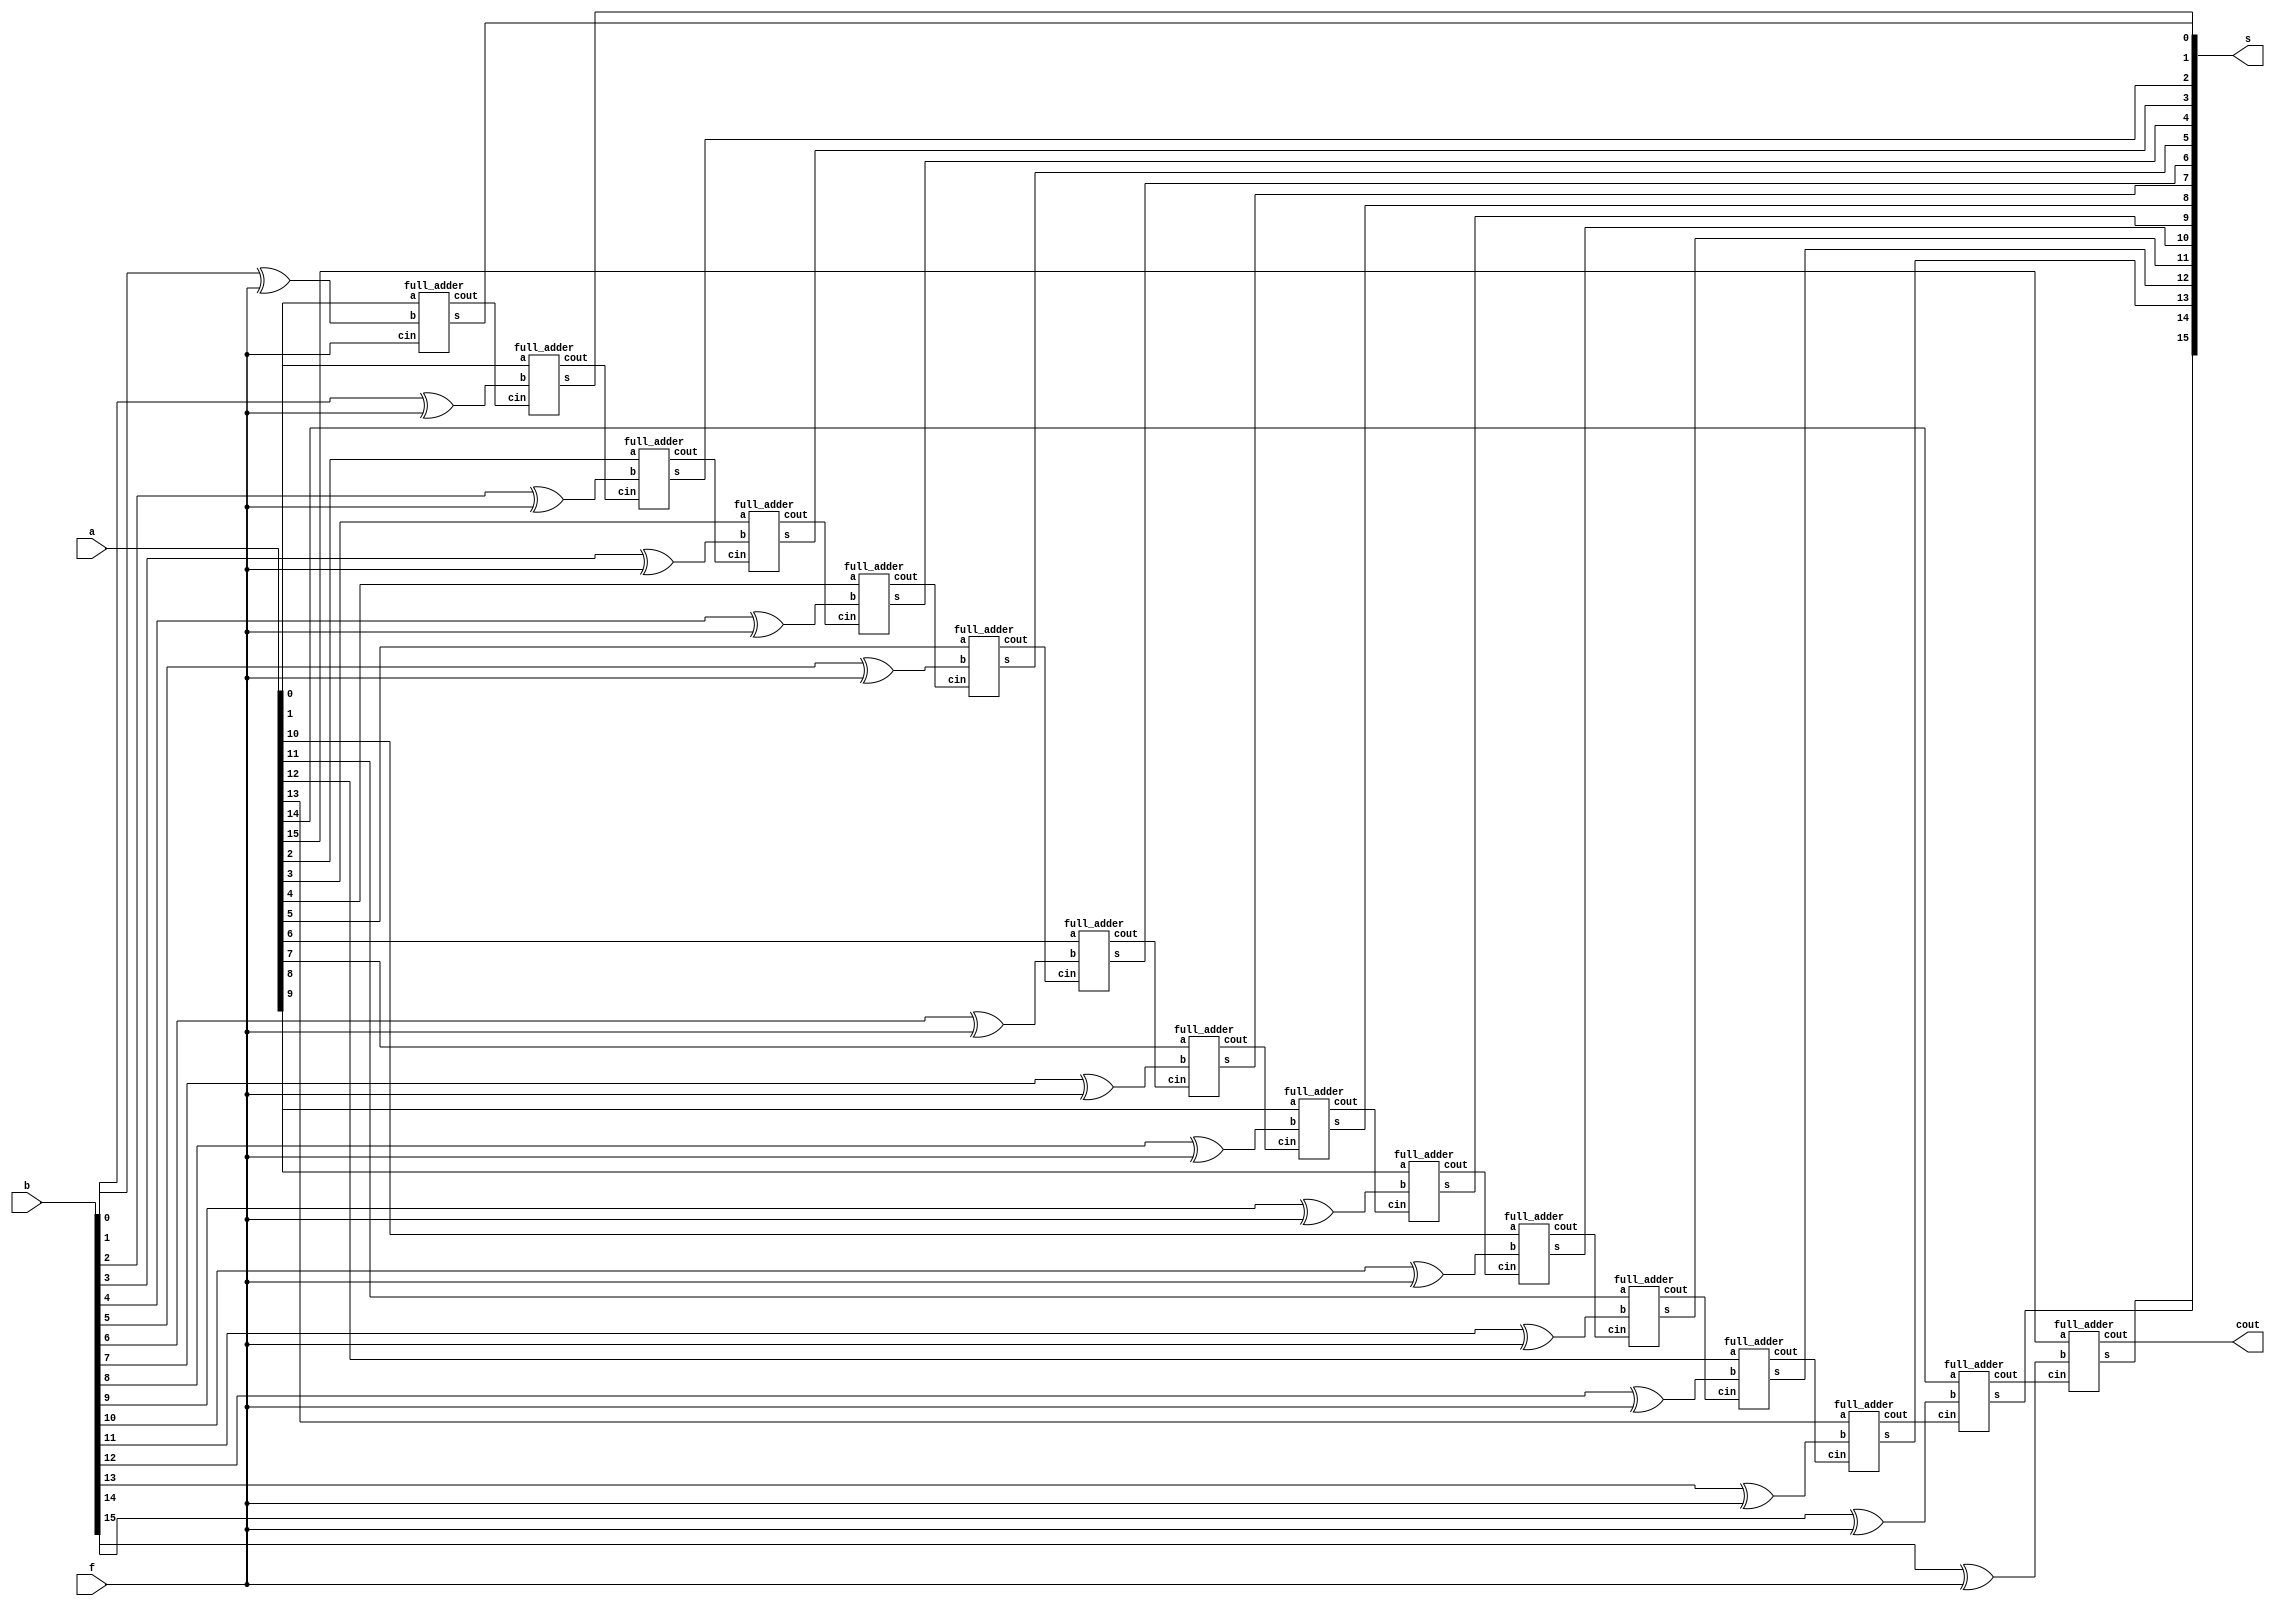
//Class: ECE425
//Professor: Dr. H. El Naga
//Assignment: Lab2, ALU

`timescale 1ns / 1ps

module twos_complement_adder(a, b, s, f, cout);
	input [15:0] a;  //first 4-bit input
	input [15:0] b;  //second 4-bit input
	input f;  //0 for addition, 1 for subtraction
	output [15:0] s;  //the 4-bit sum
	output cout;
	wire [14:0] c;  //intermediate carries between adders
	wire [15:0] xb;  //xor bits of input b
	
	//take xor of input b with f
	xor(xb[0], b[0], f);
	xor(xb[1], b[1], f);
	xor(xb[2], b[2], f);
	xor(xb[3], b[3], f);
	xor(xb[4], b[4], f);
	xor(xb[5], b[5], f);
	xor(xb[6], b[6], f);
	xor(xb[7], b[7], f);
	xor(xb[8], b[8], f);
	xor(xb[9], b[9], f);
	xor(xb[10], b[10], f);
	xor(xb[11], b[11], f);
	xor(xb[12], b[12], f);
	xor(xb[13], b[13], f);
	xor(xb[14], b[14], f);
	xor(xb[15], b[15], f);
	
	//add or subtract the inputs together
	full_adder add0 (a[0], xb[0], f, s[0], c[0]);
	full_adder add1 (a[1], xb[1], c[0], s[1], c[1]);
	full_adder add2 (a[2], xb[2], c[1], s[2], c[2]);
	full_adder add3 (a[3], xb[3], c[2], s[3], c[3]);
	full_adder add4 (a[4], xb[4], c[3], s[4], c[4]);
	full_adder add5 (a[5], xb[5], c[4], s[5], c[5]);
	full_adder add6 (a[6], xb[6], c[5], s[6], c[6]);
	full_adder add7 (a[7], xb[7], c[6], s[7], c[7]);
	full_adder add8 (a[8], xb[8], c[7], s[8], c[8]);
	full_adder add9 (a[9], xb[9], c[8], s[9], c[9]);
	full_adder add10 (a[10], xb[10], c[9], s[10], c[10]);
	full_adder add11 (a[11], xb[11], c[10], s[11], c[11]);
	full_adder add12 (a[12], xb[12], c[11], s[12], c[12]);
	full_adder add13 (a[13], xb[13], c[12], s[13], c[13]);
	full_adder add14 (a[14], xb[14], c[13], s[14], c[14]);
	full_adder add15 (a[15], xb[15], c[14], s[15], cout);
endmodule

module full_adder(a, b, cin, s, cout);
		input a, b, cin;  //inputs and carry in to the adder
		output s, cout;  //output sum and carry out
		wire ab, axorb, cab;  //intermediate connections

		xor(s, a, b, cin);  //main full adder logic
		and(ab, a, b);
		xor(axorb, a, b);
		and(cab, axorb, cin);
		or(cout, ab, cab);
endmodule